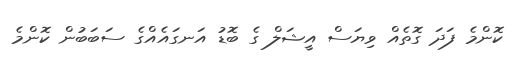
ކޮންމެ ފަދަ ގޮތެއް ވިޔަސް އީޝަލް ގެ ބޮޑު އަނގައެއްގެ ސަބަބުން ކޮންމެ